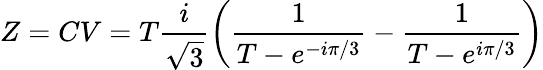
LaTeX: Z=CV=T{\frac{i}{\sqrt{3}}}\biggl({\frac{1}{T-e^{-i\pi/3}}}-{\frac{1}{T-e^{i\pi/3}}}\biggr)